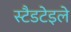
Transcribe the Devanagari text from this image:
स्टैडटेइले